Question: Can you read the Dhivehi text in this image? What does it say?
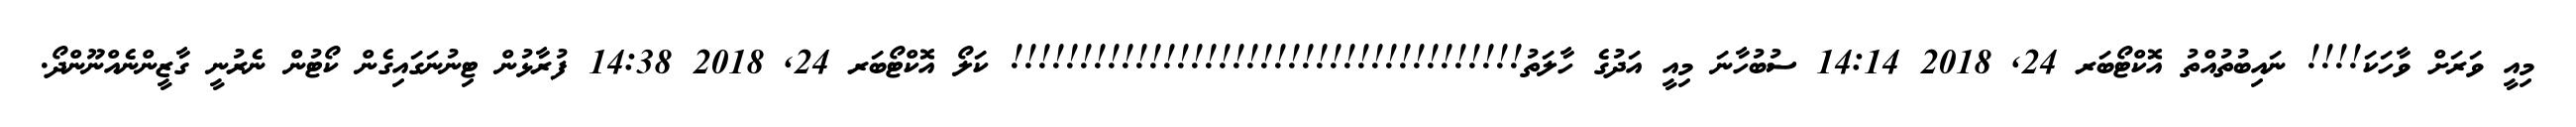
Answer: މިއީ ވަރަށް ވާހަކަ!!!! ނައިބުތުއްތު އޮކްޓޯބަރ 24, 2018 14:14 ސުބުހާނަ މިއީ އަދުގެ ހާލަތު!!!!!!!!!!!!!!!!!!!!!!!!!!!!!!!!!!!!! ކަލޯ އޮކްޓޯބަރ 24, 2018 14:38 ފުރާޅުން ޓިނުނަގައިގެން ކޯޓުން ނެރުނީ ގާޒީންނެއްނޫންދޯ.